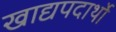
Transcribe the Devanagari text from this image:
खाद्यपदार्थो